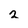
Character: 2